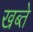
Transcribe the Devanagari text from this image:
खब्ते